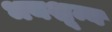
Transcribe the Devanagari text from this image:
भयशून्य